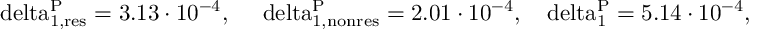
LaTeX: \mathrm { \ d e l t a _ { 1 , r e s } ^ { P } = 3 . 1 3 \cdot 1 0 ^ { - 4 } , ~ ~ ~ \ d e l t a _ { 1 , n o n r e s } ^ { P } = 2 . 0 1 \cdot 1 0 ^ { - 4 } , ~ ~ \ d e l t a _ { 1 } ^ { P } = 5 . 1 4 \cdot 1 0 ^ { - 4 } , }